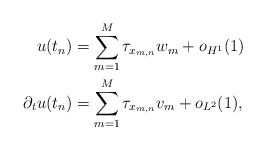
\begin{align*} u({t_n}) &= \sum\limits_{m = 1}^M {{\tau _{{x_{m,n}}}}} {w_m} + {o_{H^1}}(1) \\ {\partial _t}u({t_n}) &= \sum\limits_{m = 1}^M {{\tau _{{x_{m,n}}}}} {v_m} + {o_{L^2}}(1),\\\end{align*}